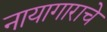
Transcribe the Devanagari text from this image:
नायागाराचे